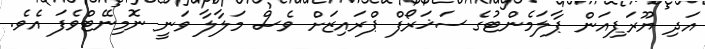
އަދި ޔޫރަޕިއަން ޕާލަމެންޓުގެ ސަޚަރޯފް ޕްރައިޒަށް ވެސް މަލާލާ ވަނީ ނޮމިނޭޓްވެފަ އެވެ.